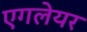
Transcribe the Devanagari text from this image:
एगलेयर